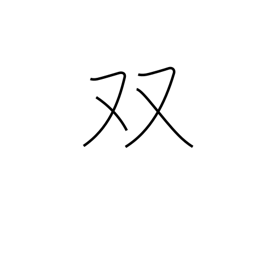
Meaning: pair